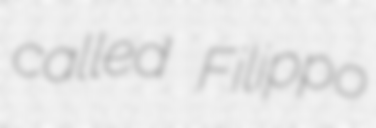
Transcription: called Filippo